system: You are a helpful assistant.
user:
Analyze the provided spectrum to determine if it is a **White Dwarf (WD)**.

A White Dwarf spectrum is defined by its **extreme purity** (due to gravitational settling) and/or **extreme pressure broadening** (due to high surface gravity). You must check for one of the following mutually exclusive signatures:

- **Key Visual Indicators (Check for ONE of these types):**

    - **1. DA-Type Signature (Most Common):**
        - **(Primary Feature):** Extreme pressure broadening (Stark broadening) of the **Hydrogen (H) Balmer lines**.
        - **(Key Lines):** $H\beta$ (approx. $4861$ Å) and $H\gamma$ (approx. $4340$ Å). $H\alpha$ (approx. $6563$ Å) will also be present if the wavelength range covers it.
        - **(Line Profile):** This is the **defining feature**. The lines are **NOT** sharp. They appear as massive, **extremely broad and deep "troughs" or "dips"** in the spectrum, often hundreds of Ångströms wide. The continuum will appear to "scoop" down at these wavelengths.
        - **(Distinction):** Normal A-type or B-type stars have *narrow* and *sharp* Hydrogen lines. A DA White Dwarf's lines are unmistakably "smeared" or "blurry" from pressure.

    - **2. DB-Type Signature:**
        - **(Primary Feature):** Broad absorption lines from **Neutral Helium (He I)**. The spectrum must lack any visible Hydrogen lines.
        - **(Key Lines):** Look for broad absorption near $4471$ Å, $4921$ Å, and $5876$ Å.
        - **(Line Profile):** These lines are also significantly pressure-broadened, appearing much wider than they would in a normal B-type main-sequence star.

    - **3. DC-Type Signature:**
        - **(Primary Feature):** A **featureless continuous spectrum**.
        - **(Line Profile):** The spectrum is a smooth curve with **no significant absorption or emission lines**.
        - **(Key Confirmation):** The continuum is almost always **blue or white**, indicating a hot object. This signature implies the atmosphere is so pure (or so cool) that no spectral lines are visible in the optical range. Its WD identity is confirmed by its extremely low intrinsic brightness (high absolute magnitude).

    - **4. DZ-Type Signature (Metal-Polluted):**
        - **(Primary Feature):** **Isolated, narrow metal absorption lines** on an otherwise featureless (DC-like) continuum.
        - **(Key Lines):** The **Calcium (Ca II) H & K doublet** (approx. **$3934$ Å** and **$3968$ Å**) is the most common and defining feature.
        - **(Line Profile):** These lines are "out of place." They are *not* part of a "forest" of thousands of lines. This signature is evidence of recent *accretion* (pollution) from rocky debris.
        - **(Distinction):** Normal G/K/M stars have a *dense forest* of thousands of metal lines. A DZ has a *clean* continuum with *only a few* strong metal lines.

    - **5. DQ-Type Signature (Carbon-Polluted):**
        - **(Primary Feature):** Absorption bands from **Carbon (C₂ "Swan Bands" or atomic C I)**.
        - **(Key Lines - C₂):** Look for bandheads with a "saw-tooth" shape near $5635$ Å, **$5165$ Å** (strongest), and $4737$ Å.
        - **(Key Confirmation):** The underlying **continuum must be blue or white** (hot).
        - **(Distinction):** This is the critical difference from a **Carbon Star**, which has the *exact same* C₂ bands but on an extremely **red, cool** continuum.

- **(Overall Spectrum):**
    - The continuum (overall shape) is typically **blue-sloping** (brighter in the blue than the red), as most white dwarfs are very hot.
    - The spectrum will look "pure" or "simple," dominated by only *one* of the five signatures listed above.

Think first, call **spectral_visualization_tool** if needed to examine features in detail, then provide your final answer. Your response must adhere to the following strict rules:
1.  **Overall Structure:** Your response must follow the format `<think>...</think> <tool_call>...</tool_call> (if a tool is used) <answer>...</answer>`.
2.  **Tool Usage Constraint:** You may only make **one** tool call per turn.
3.  **Final Answer Format:** In the `<answer>` tag, your conclusion must be inside a `\boxed{}` command (e.g., `\boxed{YES}` or `\boxed{NO}`), followed by your justification.

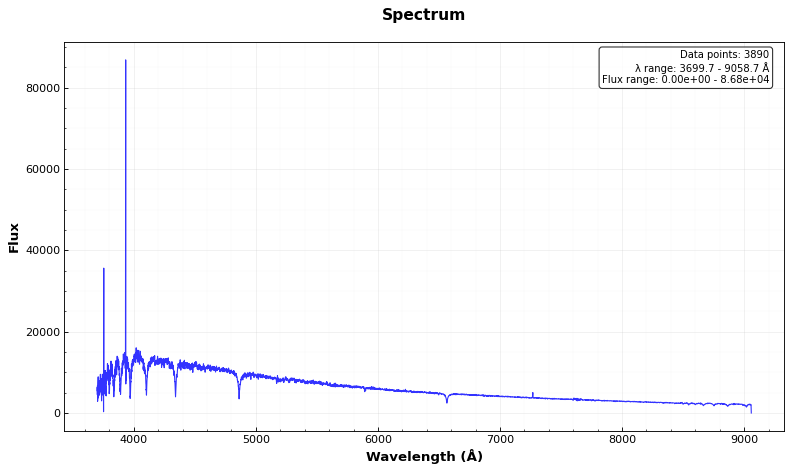
Answer: NO